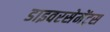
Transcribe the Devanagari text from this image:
डाइवरसेमेंट्स